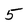
Character: 5